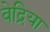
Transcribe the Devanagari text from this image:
वेद्रिया